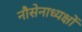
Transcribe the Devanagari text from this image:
नौसेनाध्यक्षों